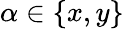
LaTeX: \alpha\in\{ x,y\}